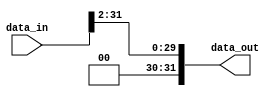
module Shift2LRegister #(
  parameter BITS_SIZE = 32, // TAMANHO DA ENTRADA E SAIDA
  parameter SHIFT_AMOUNT = 2, // Quanto deslocar
  parameter SHIFT_DIR = 1 // 0, deslocamento para esquerda; 1, deslocamento para direita
) (
  input [BITS_SIZE - 1:0] data_in,
  output reg [BITS_SIZE - 1:0] data_out
);

  always @* begin
    case (SHIFT_DIR)
      0: data_out = data_in << SHIFT_AMOUNT; // data_in deslocado 2 para a esquerda
      1: data_out = data_in >> SHIFT_AMOUNT; // data_in deslocado 2 para a direita
    endcase
  end

endmodule